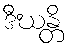
ဒီဃန္တိ